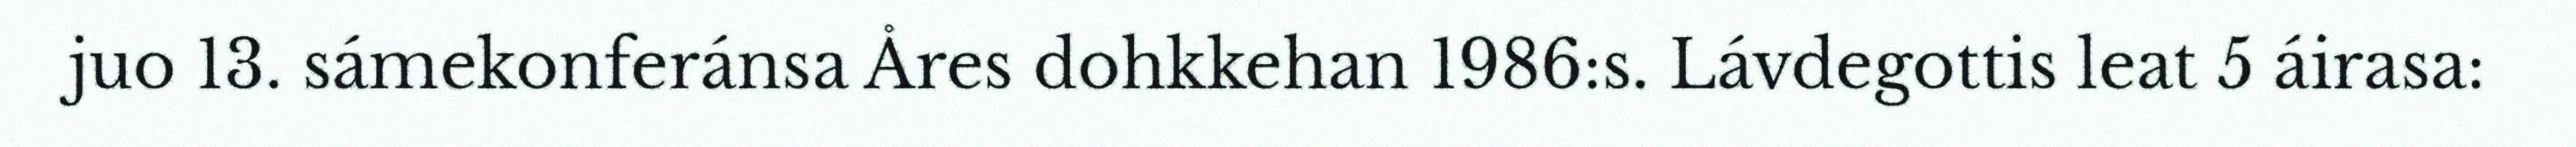
juo 13. sámekonferánsa Åres dohkkehan 1986:s. Lávdegottis leat 5 áirasa: